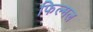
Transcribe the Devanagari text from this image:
फिल्मल